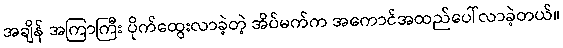
အချိန် အကြာကြီး ပိုက်ထွေးလာခဲ့တဲ့ အိပ်မက်က အကောင်အထည်ပေါ်လာခဲ့တယ်။